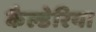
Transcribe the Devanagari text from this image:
कैल्डेरिया